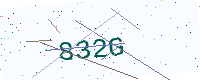
Text: 832G